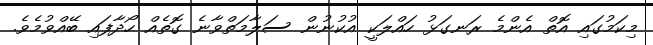
މިކަމުގައި އޮތް އެންމެ ރަނގަޅު ހައްލަކީ އުކުނުން ސަލާމަތްވާނެ ގޮތެއް ހޯދާފައި ބޭއްވުމެވެ.